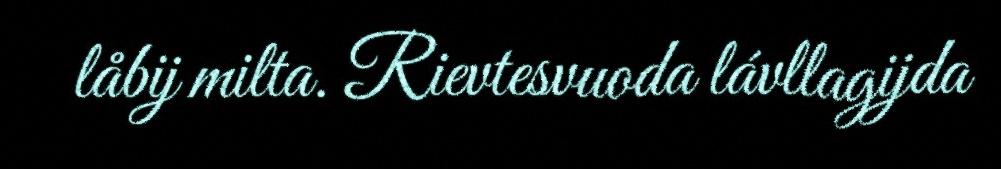
låbij milta. Rievtesvuoda lávllagijda